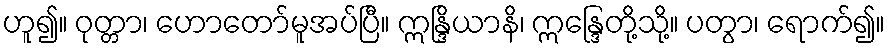
ဟူ၍။ ဝုတ္တာ၊ ဟောတော်မူအပ်ပြီ။ ဣန္ဒြိယာနိ၊ ဣန္ဒြေတို့သို့။ ပတွာ၊ ရောက်၍။